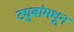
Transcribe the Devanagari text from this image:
ट्युबांमधून